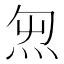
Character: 𱪸